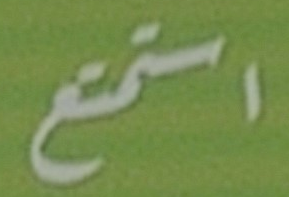
استمتع